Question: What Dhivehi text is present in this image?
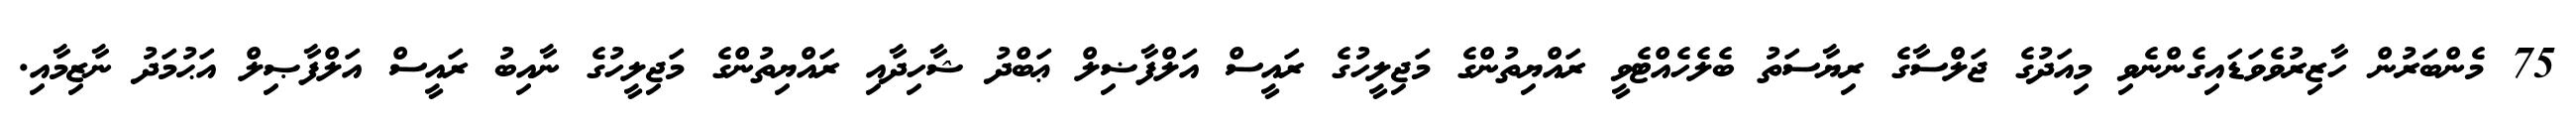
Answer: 75 މެންބަރުން ހާޒިރުވެވަޑައިގެންނެވި މިއަދުގެ ޖަލްސާގެ ރިޔާސަތު ބެލެހެއްޓެވީ ރައްޔިތުންގެ މަޖިލީހުގެ ރައީސް އަލްފާޟިލް ޢަބްދު ޝާހިދާއި ރައްޔިތުންގެ މަޖިލީހުގެ ނާއިބު ރައީސް އަލްފާޞިލް އަޙުމަދު ނާޒިމާއި.